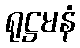
ရုဋ္ဌမနံ